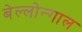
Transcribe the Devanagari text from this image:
बेल्लोन्गाल